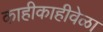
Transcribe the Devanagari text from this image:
काहीकाहीवेळा